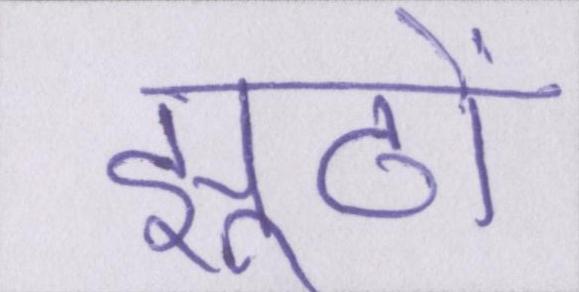
झूठों